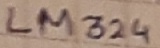
Text: LM324